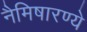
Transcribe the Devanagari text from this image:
नैमिषारण्ये